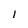
Character: 1